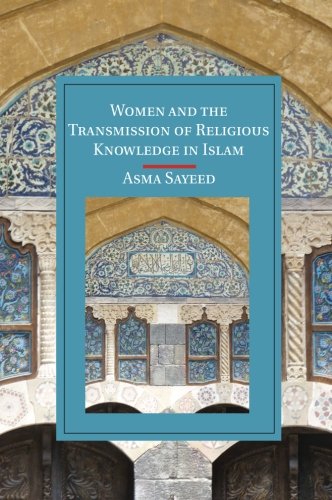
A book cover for Women and the Transmission of Religious Knowledge in Islam (Cambridge Studies in Islamic Civilization); Professor Asma Sayeed; Religion & Spirituality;